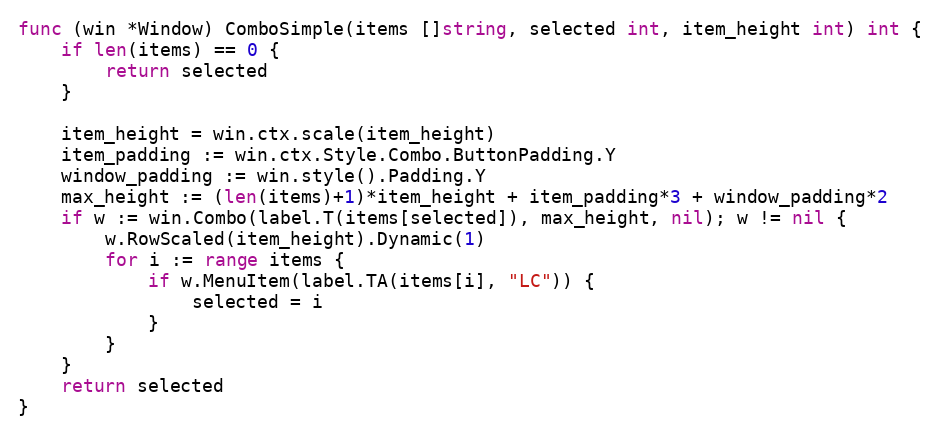
Language: Go
func (win *Window) ComboSimple(items []string, selected int, item_height int) int {
	if len(items) == 0 {
		return selected
	}

	item_height = win.ctx.scale(item_height)
	item_padding := win.ctx.Style.Combo.ButtonPadding.Y
	window_padding := win.style().Padding.Y
	max_height := (len(items)+1)*item_height + item_padding*3 + window_padding*2
	if w := win.Combo(label.T(items[selected]), max_height, nil); w != nil {
		w.RowScaled(item_height).Dynamic(1)
		for i := range items {
			if w.MenuItem(label.TA(items[i], "LC")) {
				selected = i
			}
		}
	}
	return selected
}